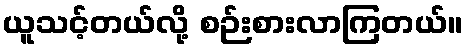
ယူသင့်တယ်လို့ စဉ်းစားလာကြတယ်။